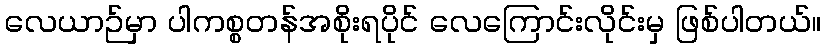
လေယာဉ်မှာ ပါကစ္စတန်အစိုးရပိုင် လေကြောင်းလိုင်းမှ ဖြစ်ပါတယ်။